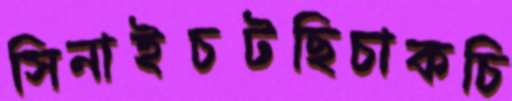
সিনাইচটছিচাকচি